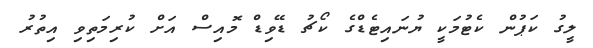
ލީގު ކަޕުން ކެޓުމަކީ ޔުނައިޓެޑްގެ ކޯޗު ޑޭވިޑް މޮއިސް އަށް ކުރިމަތިވި އިތުރު